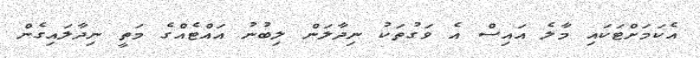
އެކަމަށްޓަކައި މާލެ އައިސް އެ ވަގުތަކު ނިދާލަން ލިބުނު އައްޓެއްގެ މަތީ ނިދާލައިގެން